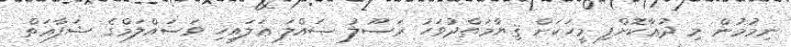
ނިމުމުން މި ދުޢާކޮށްފި މީހަކަށް ޤިޔާމަތްދުވަހު ރަސޫލު ޞައްލަ ޢަލައިހި ވަސައްލަމްގެ ޝަފާޢަތް